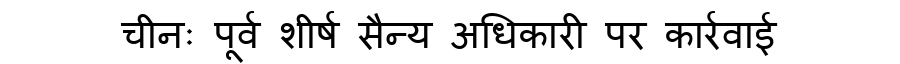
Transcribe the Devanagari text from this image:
चीनः पूर्व शीर्ष सैन्य अधिकारी पर कार्रवाई